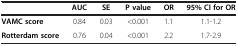
<table><thead><tr><td><b> </b></td><td><b>AUC</b></td><td><b>SE</b></td><td><b>P value</b></td><td><b>OR</b></td><td><b>95% CI for OR</b></td></tr></thead><tbody><tr><td><b>VAMC score</b></td><td>0.84</td><td>0.03</td><td>&lt;0.001</td><td>1.1</td><td>1.1-1.2</td></tr><tr><td><b>Rotterdam score</b></td><td>0.76</td><td>0.04</td><td>&lt;0.001</td><td>2.2</td><td>1.7-2.9</td></tr></tbody></table>